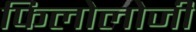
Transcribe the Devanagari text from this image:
फिलोलोजी